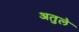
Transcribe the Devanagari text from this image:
अतुले